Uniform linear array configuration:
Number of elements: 12
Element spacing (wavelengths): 1
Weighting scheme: hamming
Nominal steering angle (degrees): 15
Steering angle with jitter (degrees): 14.836
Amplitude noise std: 0.05
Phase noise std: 0.05

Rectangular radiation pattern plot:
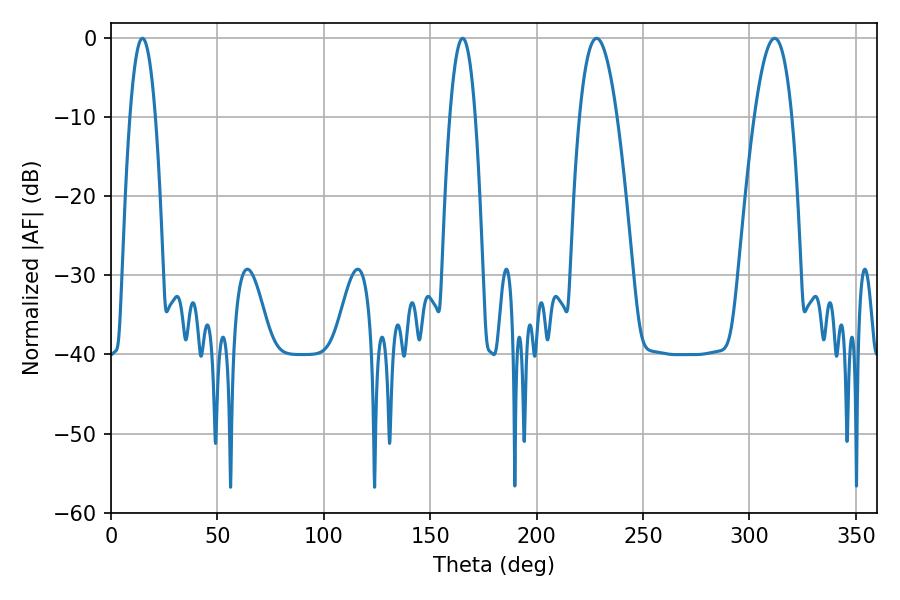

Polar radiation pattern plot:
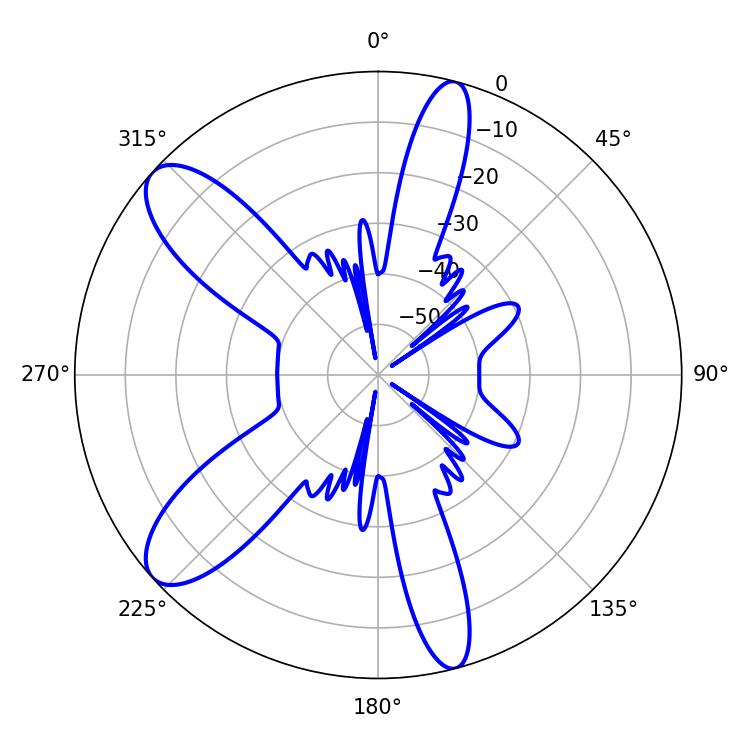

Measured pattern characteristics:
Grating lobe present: TRUE
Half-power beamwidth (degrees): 6.48
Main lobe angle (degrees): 165.24